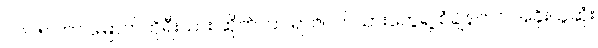
၂၀၂၅ ဟာ မြောက်ကိုရီးယား ဆိုက်ဘာ ရာဇဝတ်သားတွေရဲ့ စံချိန်တင် အခိုးယူဆုံး